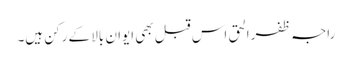
راجہ ظفرالحق اس قبل بھی ایوان بالا کے رکن ہیں۔